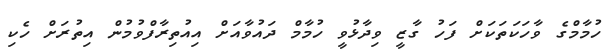
ހުމާމްގެ ވާހަކަތަކަށް ފަހު ގާޒީ ވިދާޅުވީ ހުމާމް ދައުވާއަށް އިއުތިރާފްވުމުން އިތުރަށް ހެކި